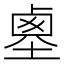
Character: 𡎱